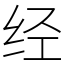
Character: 经